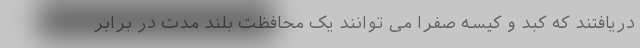
دریافتند که کبد و کیسه صفرا می توانند یک محافظت بلند مدت در برابر